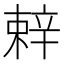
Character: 辢